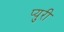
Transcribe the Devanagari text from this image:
प्युरी